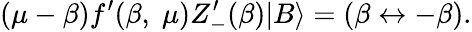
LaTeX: (\mu-\beta)f^{\prime}(\beta,\; \mu)Z_{-}^{\prime}(\beta)|B\rangle=(\beta\leftrightarrow-\beta).